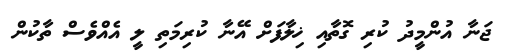
ޖަނާ އުންމީދު ކުރި ގޮތާއި ޚިލާފަށް އޭނާ ކުރިމަތި ލީ އެއްވެސް ތާކުން